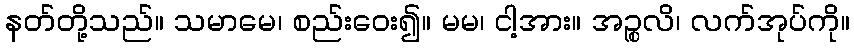
နတ်တို့သည်။ သမာမေ၊ စည်းဝေး၍။ မမ၊ ငါ့အား။ အဉ္စလိ၊ လက်အုပ်ကို။